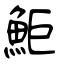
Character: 鮔